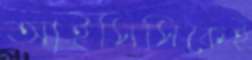
আইসিসিকেই